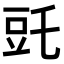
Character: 𧯝